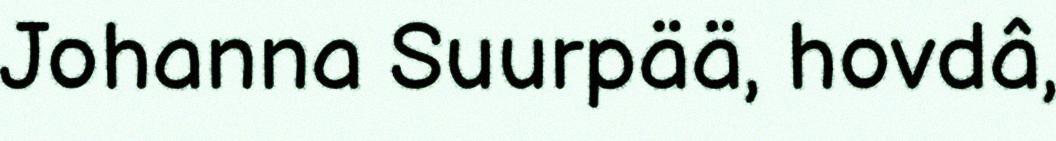
Johanna Suurpää, hovdâ,